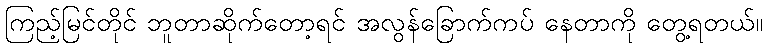
ကြည့်မြင်တိုင် ဘူတာဆိုက်တော့ရင် အလွန်ခြောက်ကပ် နေတာကို တွေ့ရတယ်။